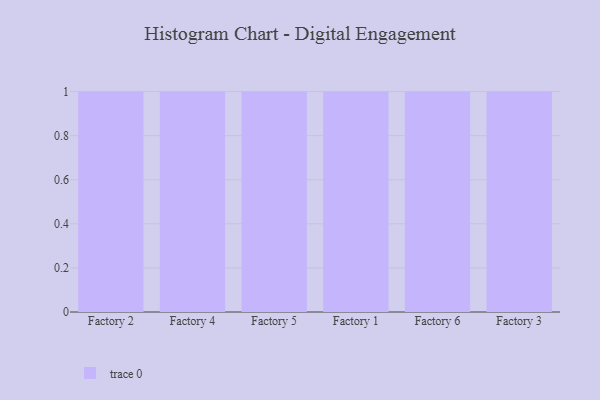
{"axis": {"x": "Factory", "y": "Shipments"}, "legend": [""], "data": [{"x": "Factory 2", "y": 64, "type": ""}, {"x": "Factory 4", "y": 93, "type": ""}, {"x": "Factory 5", "y": 34, "type": ""}, {"x": "Factory 1", "y": 42, "type": ""}, {"x": "Factory 6", "y": 2, "type": ""}, {"x": "Factory 3", "y": 4, "type": ""}]}